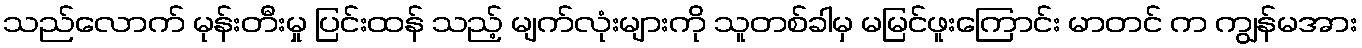
သည်လောက် မုန်းတီးမှု ပြင်းထန် သည့် မျက်လုံးများကို သူတစ်ခါမှ မမြင်ဖူးကြောင်း မာတင် က ကျွန်မအား